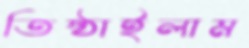
তিষ্ঠাইলাম